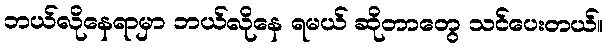
ဘယ်လိုနေရာမှာ ဘယ်လိုနေ ရမယ် ဆိုတာတွေ သင်ပေးတယ်။